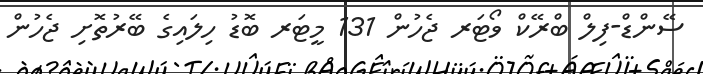
ސޭންޑް-ފިލް ބްރޭކް ވޯޓަރ ޖެހުން 131 މީޓަރ ބޮޑު ހިލައިގެ ބޭރުތޮށި ޖެހުން